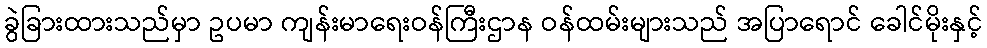
ခွဲခြားထားသည်မှာ ဥပမာ ကျန်းမာရေးဝန်ကြီးဌာန ဝန်ထမ်းများသည် အပြာရောင် ခေါင်မိုးနှင့်